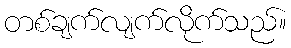
တစ်ချက်လျက်လိုက်သည်။